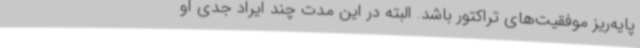
پایه‌ریز موفقیت‌های تراکتور باشد. البته در این مدت چند ایراد جدی او